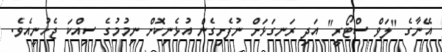
އޭނާގެ "ލަވް ސްޓޯރީ" އަދި ރަނގަޅަށް ނުފެށިގެން އުޅެނިކޮށް ނިމުމުގެ ސިއްކަ ޖެހުނީއެވެ.